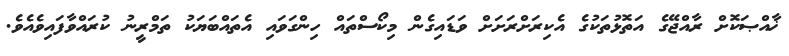
ޚާއްޞަކޮށް ރާއްޖޭގެ އަތޮޅުތަކުގެ އެކިރަށްރަށަށް ވަޑައިގެން މިކޯސްތައް ހިންގަވައި އެތައްބަޔަކު ތަމްރީނު ކުރައްވާފައިވެއެވެ.